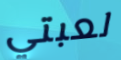
لعبتي